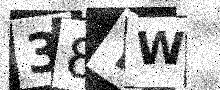
Text: 38YW